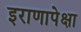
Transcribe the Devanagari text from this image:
इराणापेक्षा